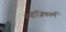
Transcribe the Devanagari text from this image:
स्पोंजिफार्म